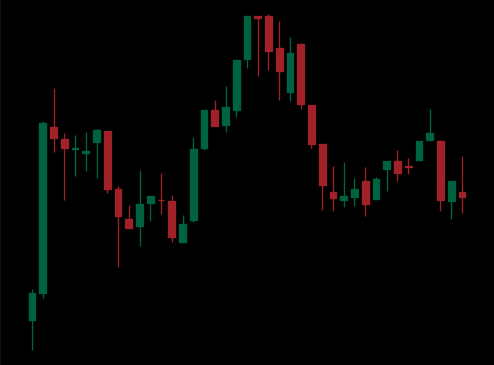
Pattern: head_shoulders